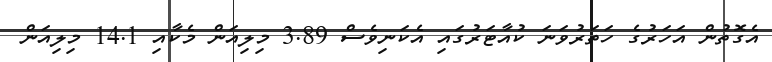
އެގޮތުން އަހަރުުގެ ހަތަރުވަނަ ކުއާޓަރުގައި އެކަނިވެސް 3.89 މިލިއަން މެކާއި 14.1 މިލިއަން